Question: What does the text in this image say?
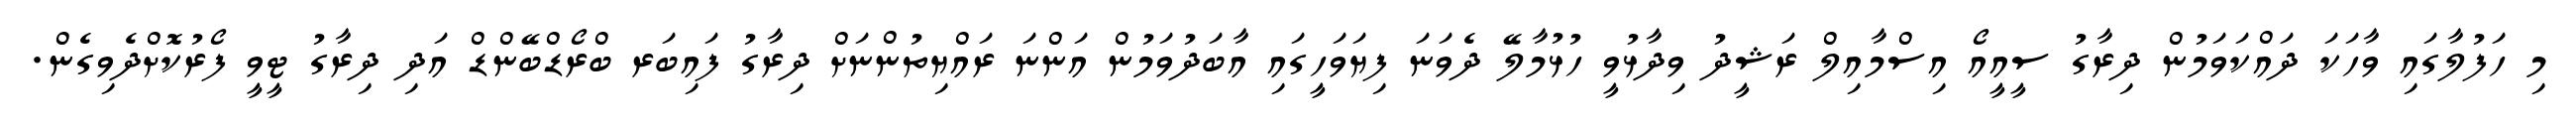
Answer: މި ހަފުލާގައި ވާހަކަ ދައްކަވަމުން ދިރާގު ސީއީއޯ އިސްމާއިލް ރަޝީދު ވިދާޅުވީ ހުޅުމާލޭ ދެވަނަ ފިޔަވަހީގައި އާބަދުވަމުން އަންނަ ރައްޔިތުންނަށް ދިރާގު ފައިބަރ ބްރޯޑްބޭންޑް އަދި ދިރާގު ޓީވީ ފޯރުކޮށްދެވިގެން.